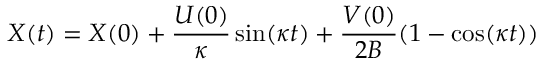
X ( t ) = X ( 0 ) + { \frac { U ( 0 ) } { \kappa } } \sin ( \kappa t ) + { \frac { V ( 0 ) } { 2 B } } ( 1 - \cos ( \kappa t ) )